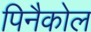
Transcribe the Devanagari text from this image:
पिनैकोल